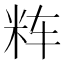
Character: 𱸵